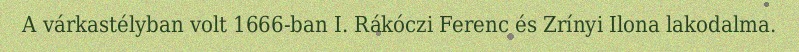
A várkastélyban volt 1666-ban I. Rákóczi Ferenc és Zrínyi Ilona lakodalma.